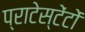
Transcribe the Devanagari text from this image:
प्राटेस्टेंटों